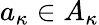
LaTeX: a_{\kappa}\in A_{\kappa}